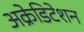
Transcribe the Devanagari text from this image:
अक्रेडिटेशन